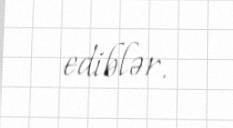
ediblər.